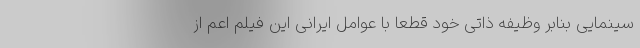
سینمایی بنابر وظیفه ذاتی خود قطعا با عوامل ایرانی این فیلم اعم از